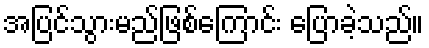
အပြင်သွားမည်ဖြစ်ကြောင်း ပြောခဲ့သည်။